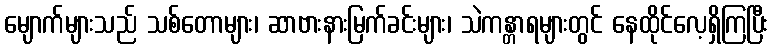
မျောက်များသည် သစ်တောများ၊ ဆာဗားနားမြက်ခင်းများ၊ သဲကန္တာရများတွင် နေထိုင်လေ့ရှိကြပြီး